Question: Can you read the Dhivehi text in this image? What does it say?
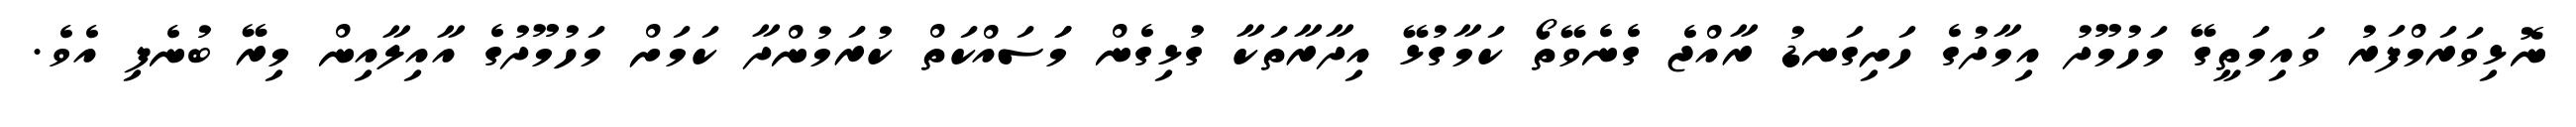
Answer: ނޮޅިވަރަމްފަރު ވައިމަތީގޭ މަހުމޫދު އިމާދުގެ ހަށިގަނޑު ރާއްޖެ ގެނެވޭތޯ ކަމާގުޅޭ އިދާރާތަކާ ގުޅިގެން މަަސައްކަތް ކުރަމުންދާ ކަމަށް މަހުމޫދުގެ އާއިލާއިން މިރޭ ބުނެފި އެވެ.